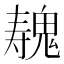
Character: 𱆛